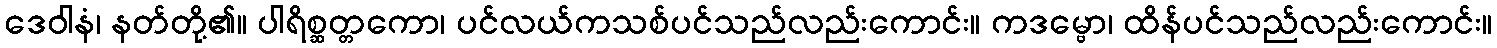
ဒေဝါနံ၊ နတ်တို့၏။ ပါရိစ္ဆတ္တကော၊ ပင်လယ်ကသစ်ပင်သည်လည်းကောင်း။ ကဒမ္ဗော၊ ထိန်ပင်သည်လည်းကောင်း။